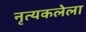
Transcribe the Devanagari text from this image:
नृत्यकलेला